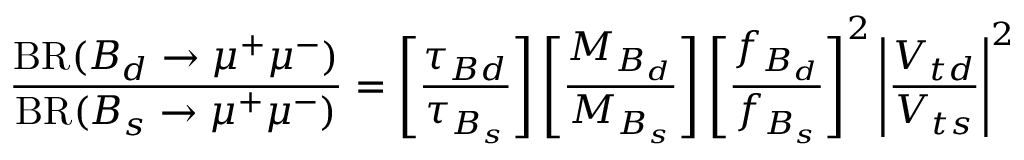
\frac { \mathrm { B R } ( B _ { d } \to \mu ^ { + } \mu ^ { - } ) } { \mathrm { B R } ( B _ { s } \to \mu ^ { + } \mu ^ { - } ) } = \left[ \frac { \tau _ { B d } } { \tau _ { B _ { s } } } \right] \left[ \frac { M _ { B _ { d } } } { M _ { B _ { s } } } \right] \left[ \frac { f _ { B _ { d } } } { f _ { B _ { s } } } \right] ^ { 2 } \left| \frac { V _ { t d } } { V _ { t s } } \right| ^ { 2 }